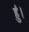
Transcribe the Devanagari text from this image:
हुं।